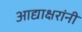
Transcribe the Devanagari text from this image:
आद्याक्षरांनी